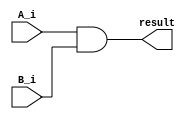


module And_Module
(
    input A_i,
    input B_i,
    output reg result
);

always@(A_i, B_i, result) begin

        result = A_i & B_i;

    end

endmodule